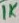
Text: 1K